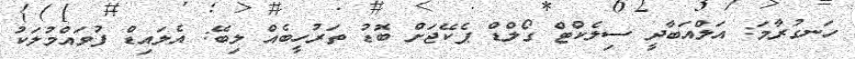
ހަނގުރާމަ: އަލްއަބާދީ ސިލެކްޓް ގޯލްޑް ޕެކޭޖަށް ބޮޑު ތަރުހީބެއް ލިބޭ: އެލައިޑް ފުވައްމުލަކު